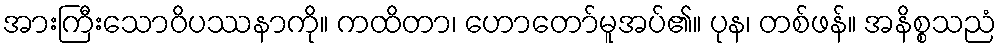
အားကြီးသောဝိပဿနာကို။ ကထိတာ၊ ဟောတော်မူအပ်၏။ ပုန၊ တစ်ဖန်။ အနိစ္စသညံ